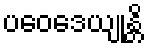
ပဝေဒေယျုန္တိ